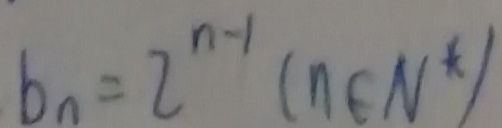
b _ { n } = 2 ^ { n - 1 } ( n \in N ^ { \ast } )